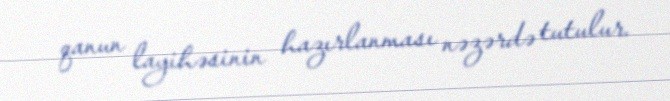
qanun layihəsinin hazırlanması nəzərdə tutulur.